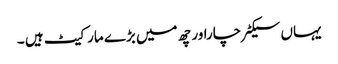
یہاں سیکٹر چاراور چھ میں بڑے مارکیٹ ہیں ۔